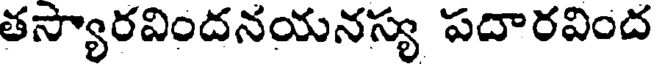
తస్యారవిందనయనస్య పదారవింద